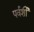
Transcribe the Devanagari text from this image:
पर्वर्शी